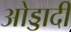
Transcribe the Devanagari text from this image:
ओड्डादी